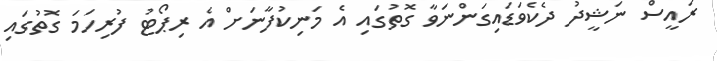
ރައީސް ނަޝީދު ދެކެވަޑައިގަންނަވާ ގޮތުގައި އެ މަނިކުފާނަށް އެ ރިޕޯޓު ފުރިހަމަ ގޮތުގައި